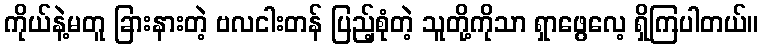
ကိုယ်နဲ့မတူ ခြားနားတဲ့ ဗလငါးတန် ပြည့်စုံတဲ့ သူတို့ကိုသာ ရှာဖွေလေ့ ရှိကြပါတယ်။